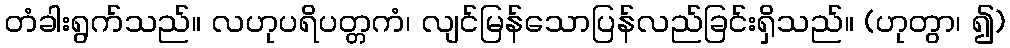
တံခါးရွက်သည်။ လဟုပရိပတ္တကံ၊ လျင်မြန်သောပြန်လည်ခြင်းရှိသည်။ (ဟုတွာ၊ ၍)